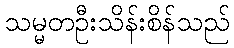
သမ္မတဦးသိန်းစိန်သည်